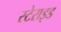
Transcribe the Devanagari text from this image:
स्टेराइड